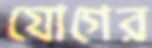
যোগের